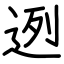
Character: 迾